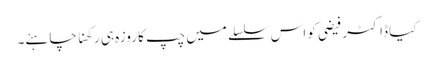
کیا ڈاکٹر فیضی کو اس سلسلے میں چپ کا روزہ ہی رکھنا چاہئے۔